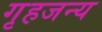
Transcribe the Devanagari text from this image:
गृहजन्य